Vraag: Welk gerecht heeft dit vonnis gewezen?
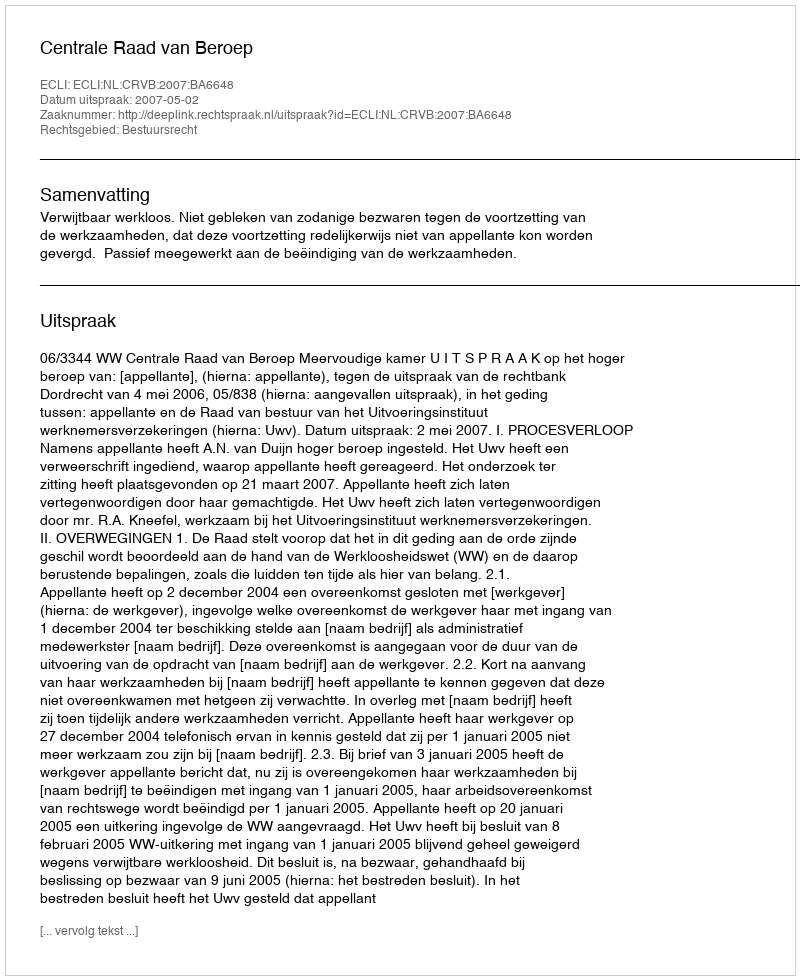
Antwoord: Centrale Raad van Beroep